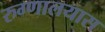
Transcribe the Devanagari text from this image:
रुग्णालयास